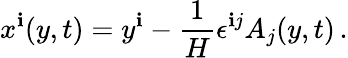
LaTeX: x^{\mathbf{i}}(y,t)=y^{\mathbf{i}}-\frac{{1}}{{H}}\epsilon^{\mathbf{i}j}A_{j}(y,t)\, .